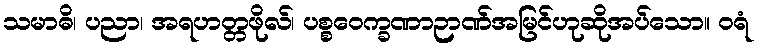
သမာဓိ၊ ပညာ၊ အရဟတ္တဖိုလ်၊ ပစ္စဝေက္ခဏာဉာဏ်အမြင်ဟုဆိုအပ်သော။ ဝရံ